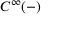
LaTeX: C ^ { \infty } ( - )